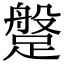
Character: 𨃞